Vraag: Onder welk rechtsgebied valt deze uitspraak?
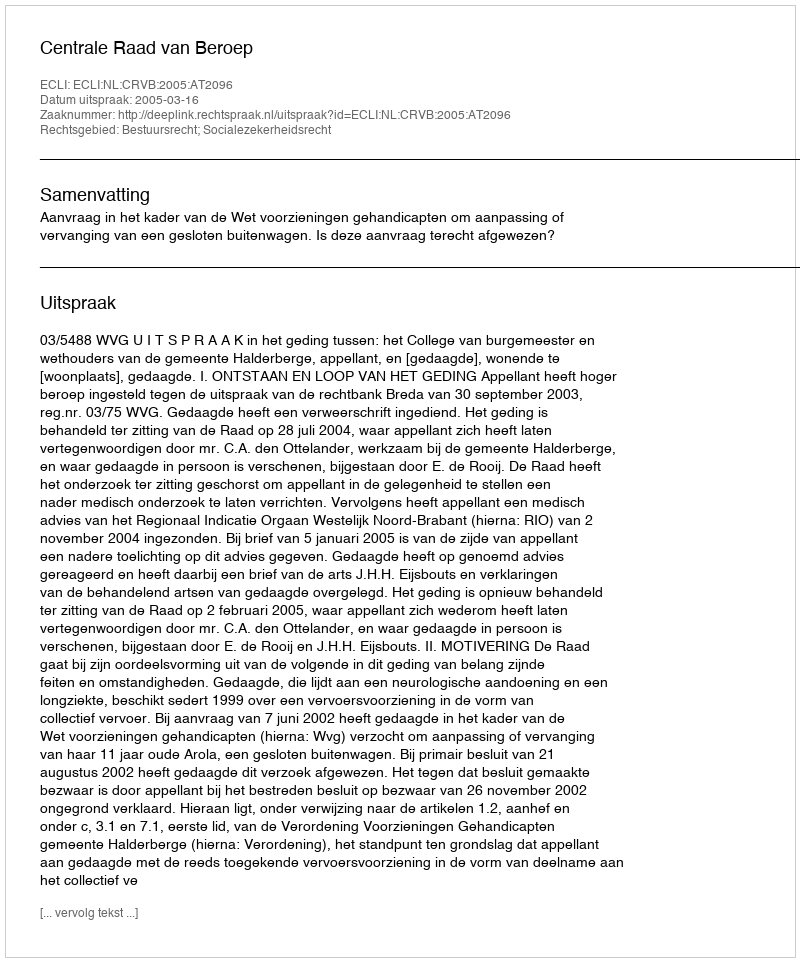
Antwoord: Bestuursrecht; Socialezekerheidsrecht